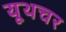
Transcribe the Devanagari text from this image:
यूथचर